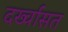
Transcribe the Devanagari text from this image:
दर्ख्वासत